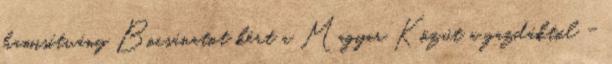
hamisítvány Bocsánatot kért a Magyar Közút a gazdáktól -